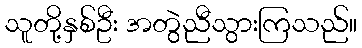
သူတို့နှစ်ဦး အတွဲညီသွားကြသည်။